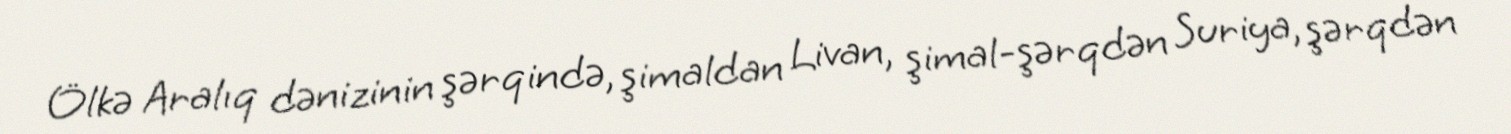
Ölkə Aralıq dənizinin şərqində, şimaldan Livan, şimal-şərqdən Suriya, şərqdən